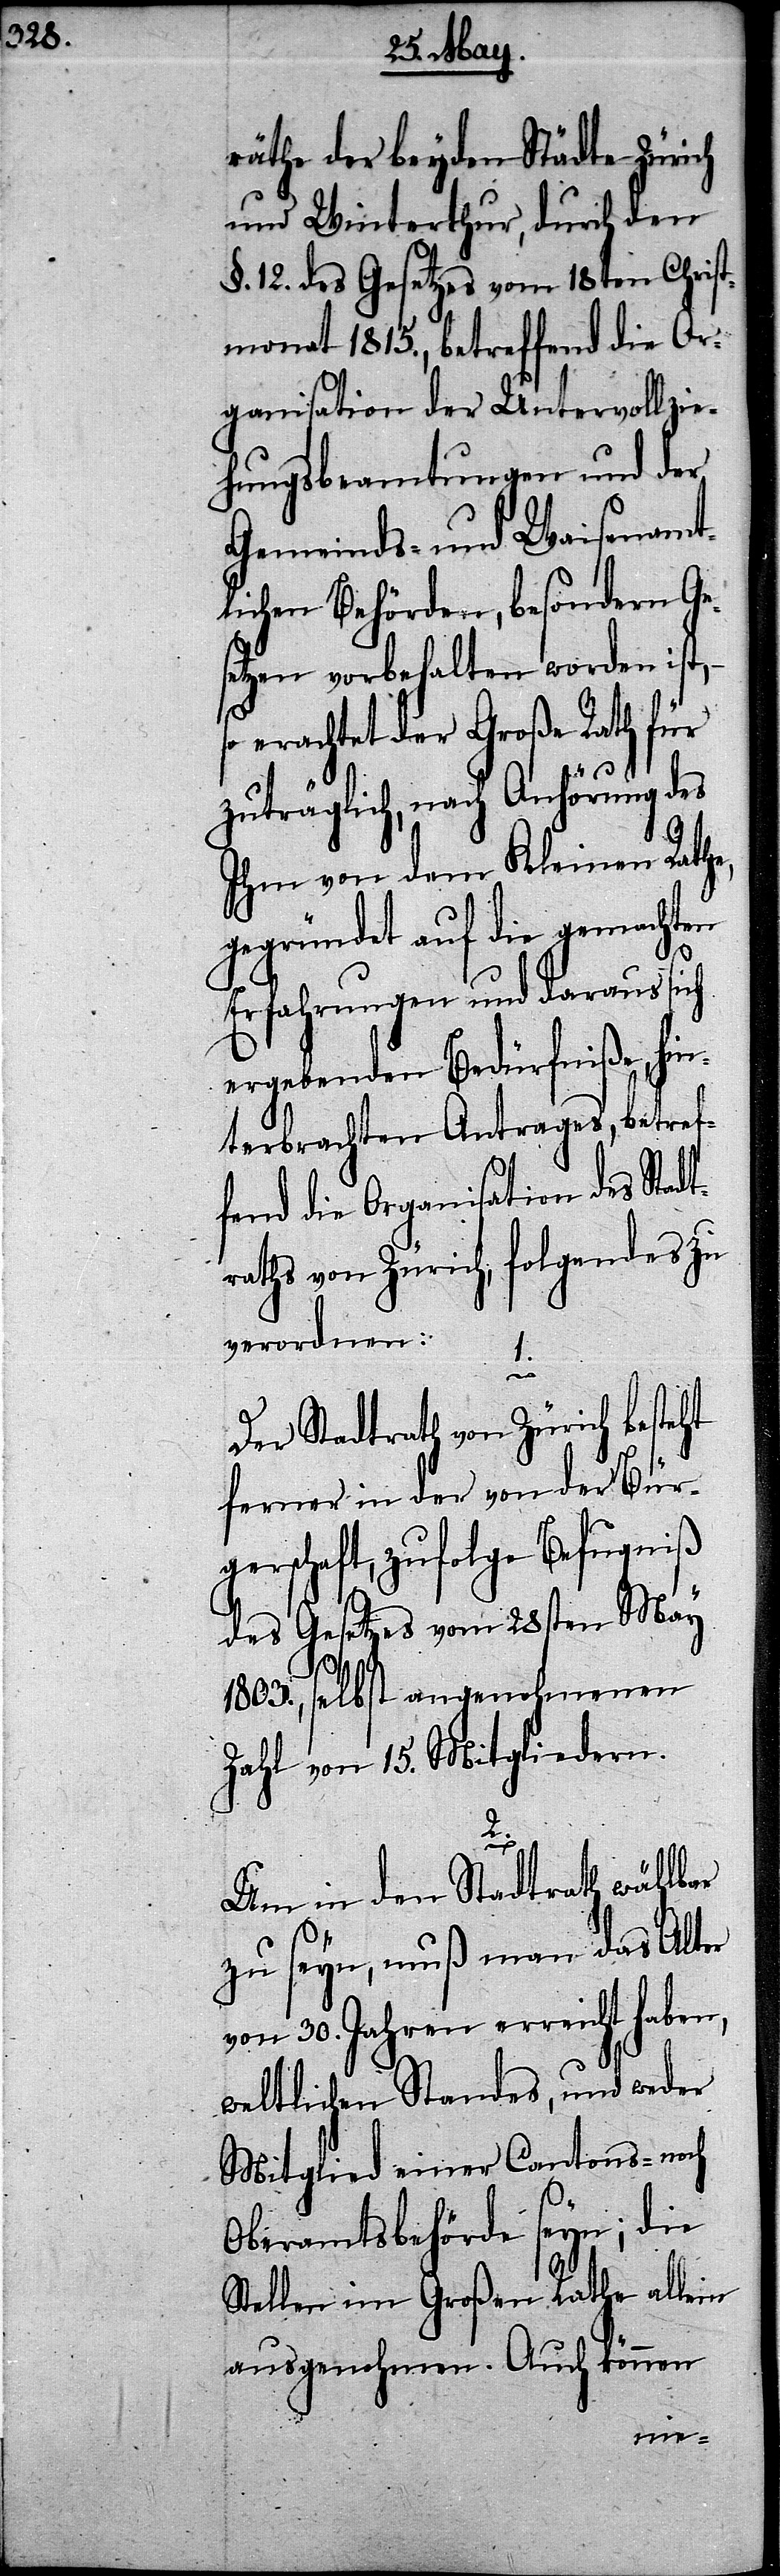
räthe der beyden Städte Zür¬
und Winterthur, durch den
§. 12. des Gesetzes vom 18ten Chris¬
tmonat 1815., betreffend die Or¬
ganisation der Untervollzi¬
ehungsbeamtungen und der
Gemeinds- und Waisenamt¬
lichen Behörden, besondern Ge¬
setzen vorbehalten worden ist,
so erachtet der Große Rath für
zuträglich, nach Anhörung des
ich
Ihm von dem Kleinen Rathe,
gegründet auf die gemachten
Erfahrungen und daraus sich
ergebenden Bedürfniße, hin¬
terbrachten Antrages, betref¬
fend die Organisation des Stadt¬
raths von Zürich folgendes zu
verordnen:
1.
Der Stadtrath von Zürich besteht
ferner in der von der Bür¬
gerschaft, zufolge Befugniß
des Gesetzes vom 28sten May
1803., selbst angenohmenen
Zahl von 15. Mitgliedern.
2.
Um in den Stadtrath wählbar
zu seyn, muß man das Alter
von 30. Jahren erreicht haben,
weltlichen Standes, und weder
Mitglied einer Cantons- noch
Oberamtsbehörde seyn; die
Stellen im Großen Rathe allein
ausgenohmen. Auch können